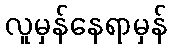
လူမှန်နေရာမှန်